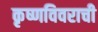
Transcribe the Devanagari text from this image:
कृष्णविवराची